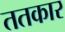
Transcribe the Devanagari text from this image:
ततकार